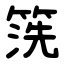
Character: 箲